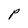
Character: P